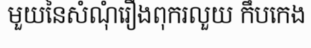
មួយនៃសំណុំរឿងពុករលួយ កឹបកេង